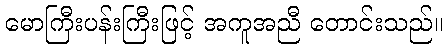
မောကြီးပန်းကြီးဖြင့် အကူအညီ တောင်းသည်။